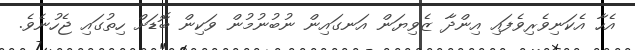
އެހާ އެކަނިވެރިވެފައި އިންދާ ޒެވިޔަން އަނގައިން ނުބުނުމުން ވަކިން ބޮޑަށް ހިތުގައި ޖެހުނެވެ.